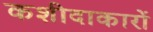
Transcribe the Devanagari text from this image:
कशीदाकारों